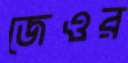
জেওর